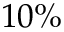
1 0 \%